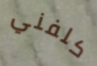
كلفني